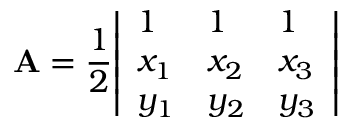
\mathbf { A } = { \frac { 1 } { 2 } } { \left| \begin{array} { l l l } { 1 } & { 1 } & { 1 } \\ { x _ { 1 } } & { x _ { 2 } } & { x _ { 3 } } \\ { y _ { 1 } } & { y _ { 2 } } & { y _ { 3 } } \end{array} \right| }